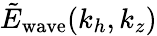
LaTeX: \tilde{E}_{\mathrm{wave}}(k_{h},k_{z})